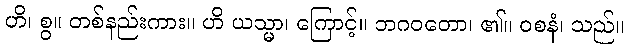
ဟိ၊ စွ။ တစ်နည်းကား။ ဟိ ယသ္မာ၊ ကြောင့်။ ဘဂဝတော၊ ၏။ ဝစနံ၊ သည်။